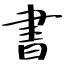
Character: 書